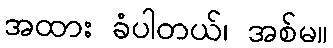
အထား ခံပါတယ်၊ အစ်မ။